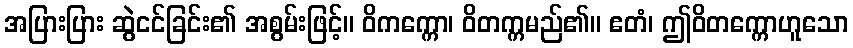
အပြားပြား ဆွဲငင်ခြင်း၏ အစွမ်းဖြင့်။ ဝိကက္ကော၊ ဝိတက္ကမည်၏။ ဧတံ၊ ဤဝိတက္ကောဟူသော